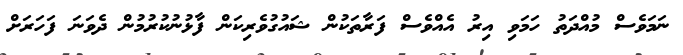
ނަމަވެސް މުއްދަތު ހަމަވި އިރު އެއްވެސް ފަރާތަކުން ޝައުގުވެރިކަން ފާޅުނުކުރުމުން ދެވަނަ ފަހަރަށް